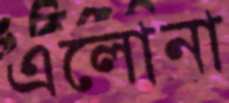
এলোনা